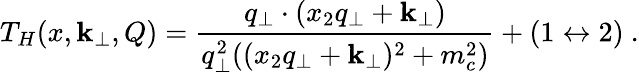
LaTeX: T_{H}(x,\mathbf{k}_{\perp},Q)=\frac{{q_{\perp}\cdot(x_{2}q_{\perp}+\mathbf{k}_{\perp})}}{{q_{\perp}^{2}((x_{2}q_{\perp}+\mathbf{k}_{\perp})^{2}+m_{c}^{2})}}+(1\leftrightarrow2)\ .